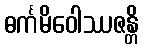
ဓင်္ကမိဝေါဿဇန္တိ